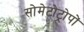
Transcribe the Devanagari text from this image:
सोमेटोट्रोपों